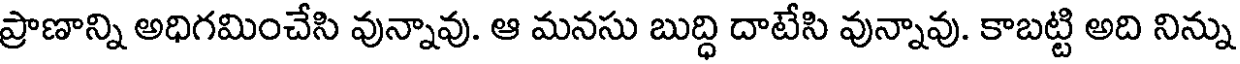
ప్రాణాన్ని అధిగమించేసి వున్నావు. ఆ మనసు బుద్ధి దాటేసి వున్నావు. కాబట్టి అది నిన్ను